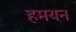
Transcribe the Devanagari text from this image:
हमयन